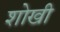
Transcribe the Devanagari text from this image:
शोखी